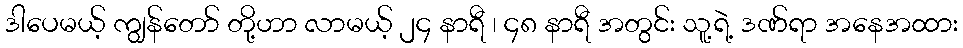
ဒါပေမယ့် ကျွန်တော် တို့ဟာ လာမယ့် ၂၄ နာရီ ၊ ၄၈ နာရီ အတွင်း သူ့ရဲ့ ဒဏ်ရာ အနေအထား